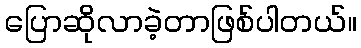
ပြောဆိုလာခဲ့တာဖြစ်ပါတယ်။